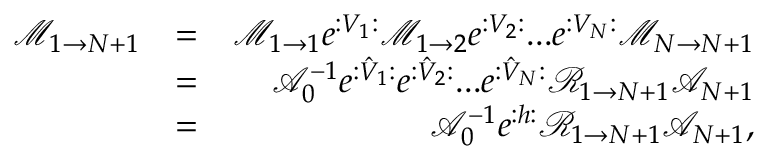
\begin{array} { r l r } { \mathcal { M } _ { 1 \rightarrow N + 1 } } & { = } & { \mathcal { M } _ { 1 \rightarrow 1 } e ^ { : V _ { 1 } : } \mathcal { M } _ { 1 \rightarrow 2 } e ^ { : V _ { 2 } : } . . . e ^ { : V _ { N } : } \mathcal { M } _ { N \rightarrow N + 1 } } \\ & { = } & { \mathcal { A } _ { 0 } ^ { - 1 } e ^ { : \hat { V } _ { 1 } : } e ^ { : \hat { V } _ { 2 } : } . . . e ^ { : \hat { V } _ { N } : } \mathcal { R } _ { 1 \rightarrow N + 1 } \mathcal { A } _ { N + 1 } } \\ & { = } & { \mathcal { A } _ { 0 } ^ { - 1 } e ^ { : h : } \mathcal { R } _ { 1 \rightarrow N + 1 } \mathcal { A } _ { N + 1 } , } \end{array}